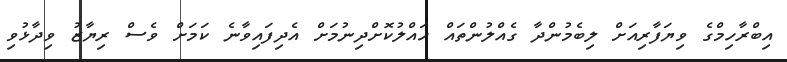
އިބްރާހިމްގެ ވިޔަފާރިއަށް ލިބެމުންދާ ގެއްލުންތައް ހައްލުކޮށްދިނުމަށް އެދިފައިވާނެ ކަމަށް ވެސް ރިޔާޒު ވިދާޅުވި